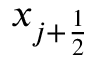
x _ { j + \frac { 1 } { 2 } }